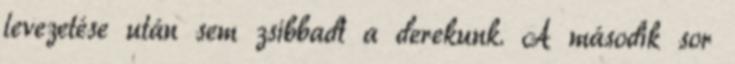
levezetése után sem zsibbadt a derekunk. A második sor